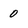
Character: 0